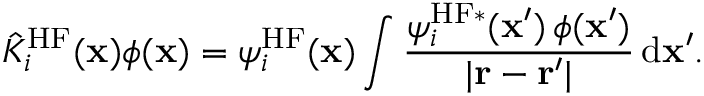
\hat { K } _ { i } ^ { \mathrm { H F } } ( \mathbf { x } ) \phi ( \mathbf { x } ) = \psi _ { i } ^ { \mathrm { H F } } ( \mathbf { x } ) \int \frac { \psi _ { i } ^ { \mathrm { H F } \ast } ( \mathbf { x } ^ { \prime } ) \, \phi ( \mathbf { x } ^ { \prime } ) } { | \mathbf { r } - \mathbf { r } ^ { \prime } | } \, \mathrm { d } \mathbf { x } ^ { \prime } .